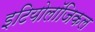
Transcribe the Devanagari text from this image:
इटियोलॉजिकल